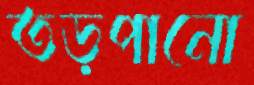
তড়পানো